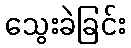
သွေးခဲခြင်း